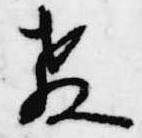
教